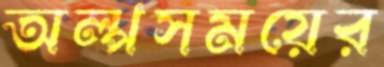
অল্পসময়ের